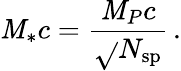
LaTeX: \mathit{M}_{*}c=\frac{{\mathit{M}_{P}c}}{{\sqrt{}{{N_{\mathrm{{sp}}}}}}}\, .